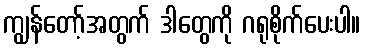
ကျွန်တော့်အတွက် ဒါတွေကို ဂရုစိုက်ပေးပါ။